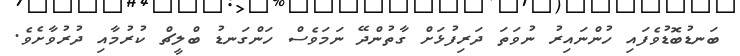
ބަނޑުބޮޑުވެފައި ހުންނައިރު ނުވަތަ ދަރިފުޅަށް ގާތުންދޭ ނަމަވެސް ހަންގަނޑު ބްލީޗް ކުރުމާއި ދުރުވާށެވެ.